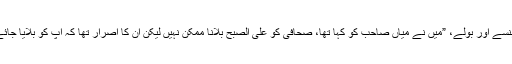
وہ ہنسے اور بولے، ”میں نے میاں صاحب کو کہا تھا، صحافی کو علی الصبح بلانا ممکن نہیں لیکن ان کا اصرار تھا کہ آپ کو بلایا جائے‘‘۔